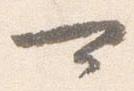
可